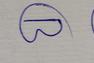
Signature authenticity: genuine